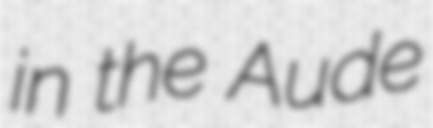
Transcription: in the Aude